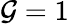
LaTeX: \mathcal{G}=1